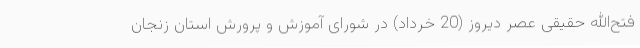
فتح‌الله حقیقی عصر دیروز (20 خرداد) در شورای آموزش و پرورش استان زنجان